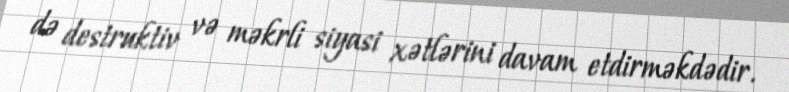
də destruktiv və məkrli siyasi xətlərini davam etdirməkdədir.